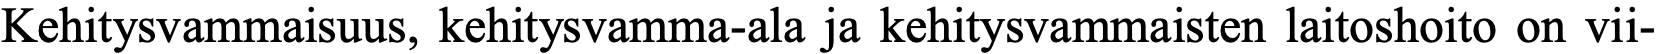
Kehitysvammaisuus, kehitysvamma-ala ja kehitysvammaisten laitoshoito on vii-